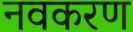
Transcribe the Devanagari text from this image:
नवकरण